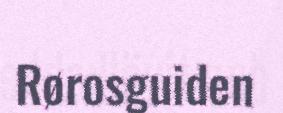
Rørosguiden